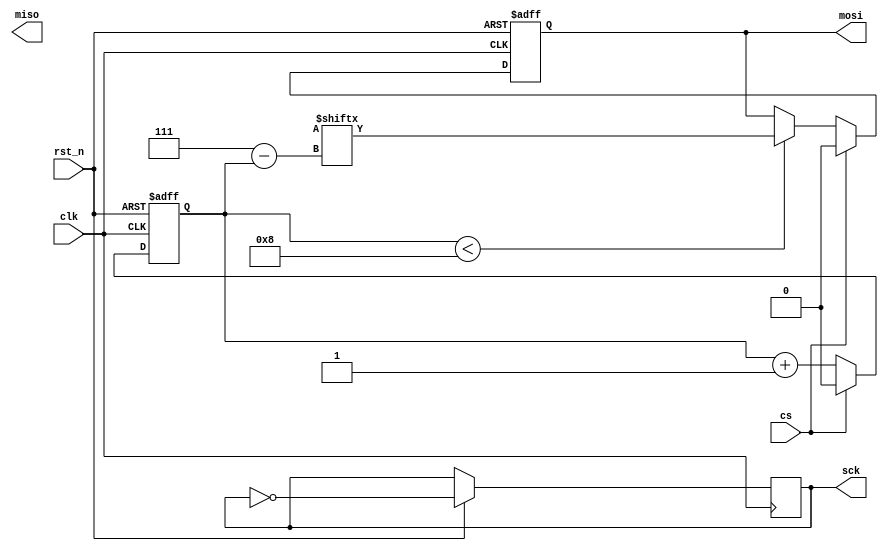
module spi_master (
    input wire clk,
    input wire rst_n,
    input wire cs,
    output reg miso,
    output reg mosi,
    output reg sck
);

reg [7:0] tx_data;
reg [7:0] rx_data;
reg shift_count;

always @(posedge clk or negedge rst_n) begin
    if (~rst_n) begin
        shift_count <= 0;
        mosi <= 1'b0;
    end else begin
        if (cs) begin
            shift_count <= 0;
            mosi <= 1'b0;
        end else begin
            if (shift_count < 8) begin
                mosi <= tx_data[7-shift_count];
            end
            if (shift_count > 0 && shift_count < 9) begin
                rx_data[shift_count-1] <= miso;
            end
            shift_count <= shift_count + 1;
        end

        // generate clock pulses
        sck <= ~sck;
    end
end

endmodule